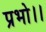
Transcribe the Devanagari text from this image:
प्रभो।।